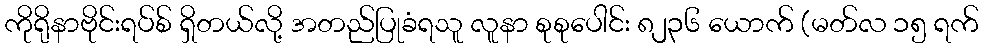
ကိုရိုနာဗိုင်းရပ်စ် ရှိတယ်လို့ အတည်ပြုခံရသူ လူနာ စုစုပေါင်း ၈၂၃၆ ယောက် (မတ်လ ၁၅ ရက်